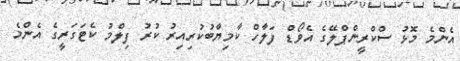
އެންމެ މޮޅު ސްކްރީންޕްލޭގެ އެވޯޑް ފަލާހް ކާމިޔާބުކުރިއިރު ކުރު ފިލްމު ކެޓަގަރީގެ އެންމެ